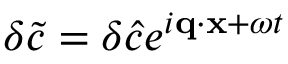
\delta \tilde { c } = \delta \hat { c } e ^ { i \mathbf { q } \cdot \mathbf { x } + \omega t }